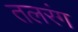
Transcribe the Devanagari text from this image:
तलरंग